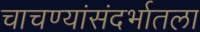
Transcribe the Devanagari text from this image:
चाचण्यांसंदर्भातला